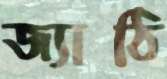
জ্যাঠি